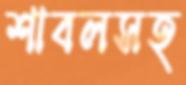
শাবলসহ